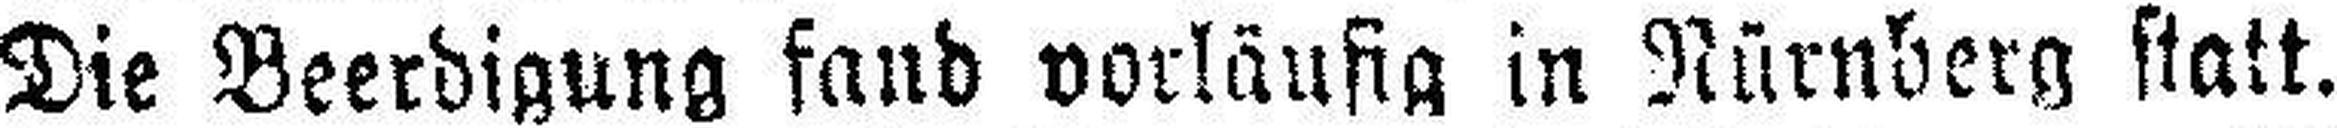
Die Beerdigung fand vorläufig in Nürnberg statt.